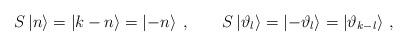
LaTeX: \begin{align*}S\left| n\right\rangle =\left| k-n\right\rangle =\left| -n\right\rangle \: ,\qquad S\left| \vartheta _{l}\right\rangle =\left| -\vartheta _{l}\right\rangle =\left| \vartheta _{k-l}\right\rangle\,,\end{align*}